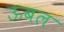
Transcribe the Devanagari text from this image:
ऊबल